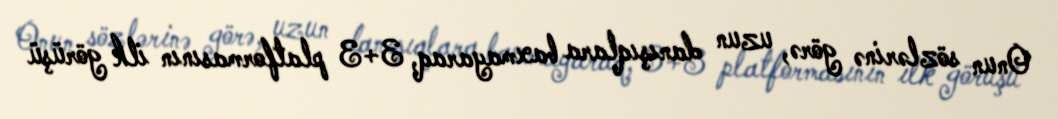
Onun sözlərinə görə, uzun danışıqlara baxmayaraq, 3+3 platformasının ilk görüşü